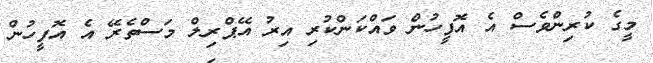
މީގެ ކުރިންވެސް އެ އޮފީހުން ވައްކަންކުރި އިރު އޭޕްރިލް މަސްތެރޭ އެ އޮފީހުން